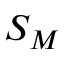
S _ { M }